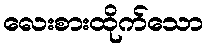
လေးစားထိုက်သော